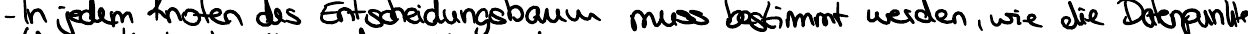
- In jedem Knoten des Entscheidungsbaum muss bestimmt werden, wie die Datenpunkte